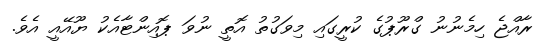
ރާއްޖެ ހިމެނުނު ގްރޫޕުގެ ކުރީގައި މިވަގުތު އޮތީ ނުވަ ޕޮއިންޓާއެކު ޔޫއޭއީ އެވެ.